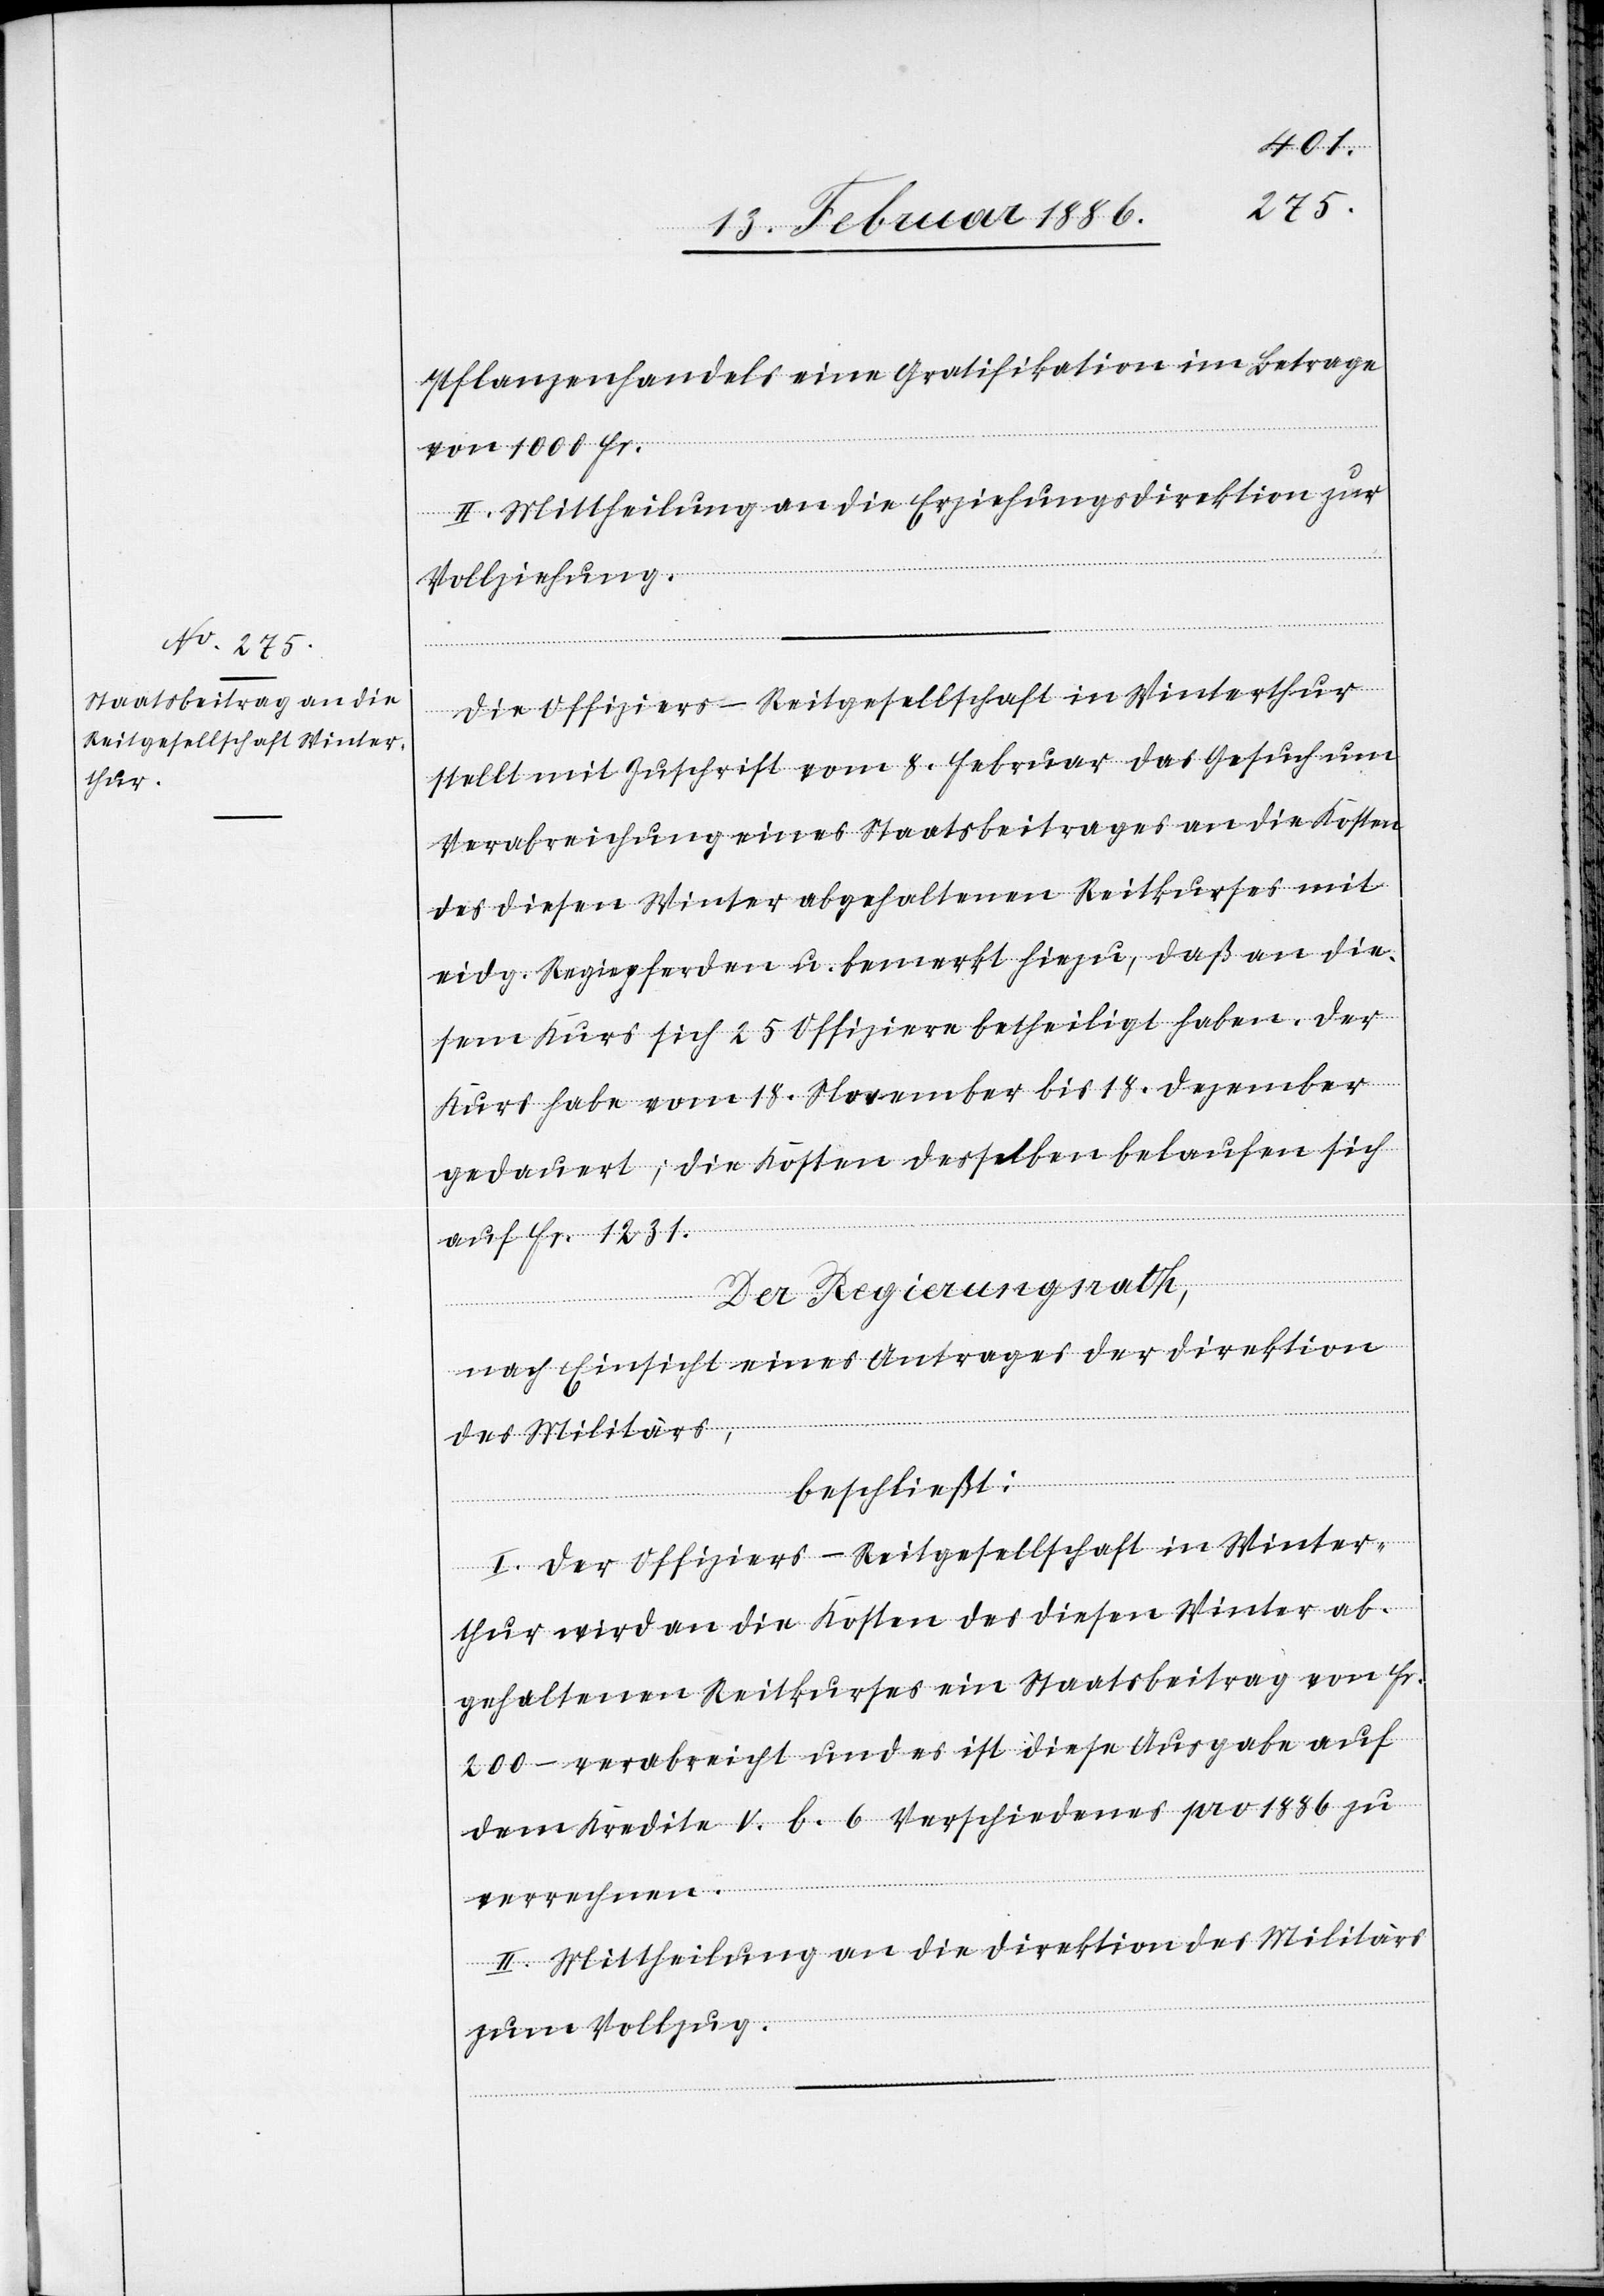
Pflanzenhandels eine Gratifikation im Betrage
von 1000 Fr.
II. Mittheilung an die Erziehungsdirektion zur
Vollziehung.
Die Offiziers-Reitgesellschaft in Winterthur
stellt mit Zuschrift vom 8. Februar das Gesuch um
Verabreichung eines Staatsbeitrages an die Kosten
des diesen Winter abgehaltenen Reitkurses mit
eidg. Regiepferden u. bemerkt hiezu, daß an die¬
sem Kurs sich 25 Offiziere betheiligt haben. Der
Kurs habe vom 18. November bis 18. Dezember
gedauert; die Kosten desselben belaufen sich
auf Fr. 1231.
Der Regierungsrath,
nach Einsicht eines Antrages der Direktion
des Militärs,
beschließt:
I. Der Offiziers-Reitgesellschaft in Winter¬
thur wird an die Kosten des diesen Winter ab¬
gehaltenen Reitkurses ein Staatsbeitrag von Fr.
200.– verabreicht und es ist diese Ausgabe auf
dem Kredite V. b. 6 Verschiedenes pro 1886 zu
verrechnen.
II. Mittheilung an die Direktion des Militärs
zum Vollzug.